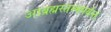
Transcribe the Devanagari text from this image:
आब्रह्मस्तम्भपर्यन्तं